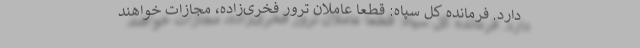
دارد. فرمانده کل سپاه: قطعاً عاملان ترور فخری‌زاده، مجازات خواهند